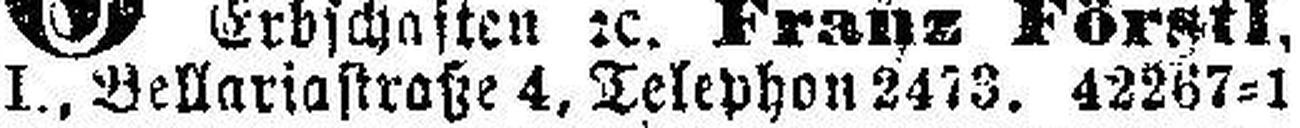
I., Bellariastraße 4, Telephon 2473. 42267=1